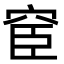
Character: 䆠